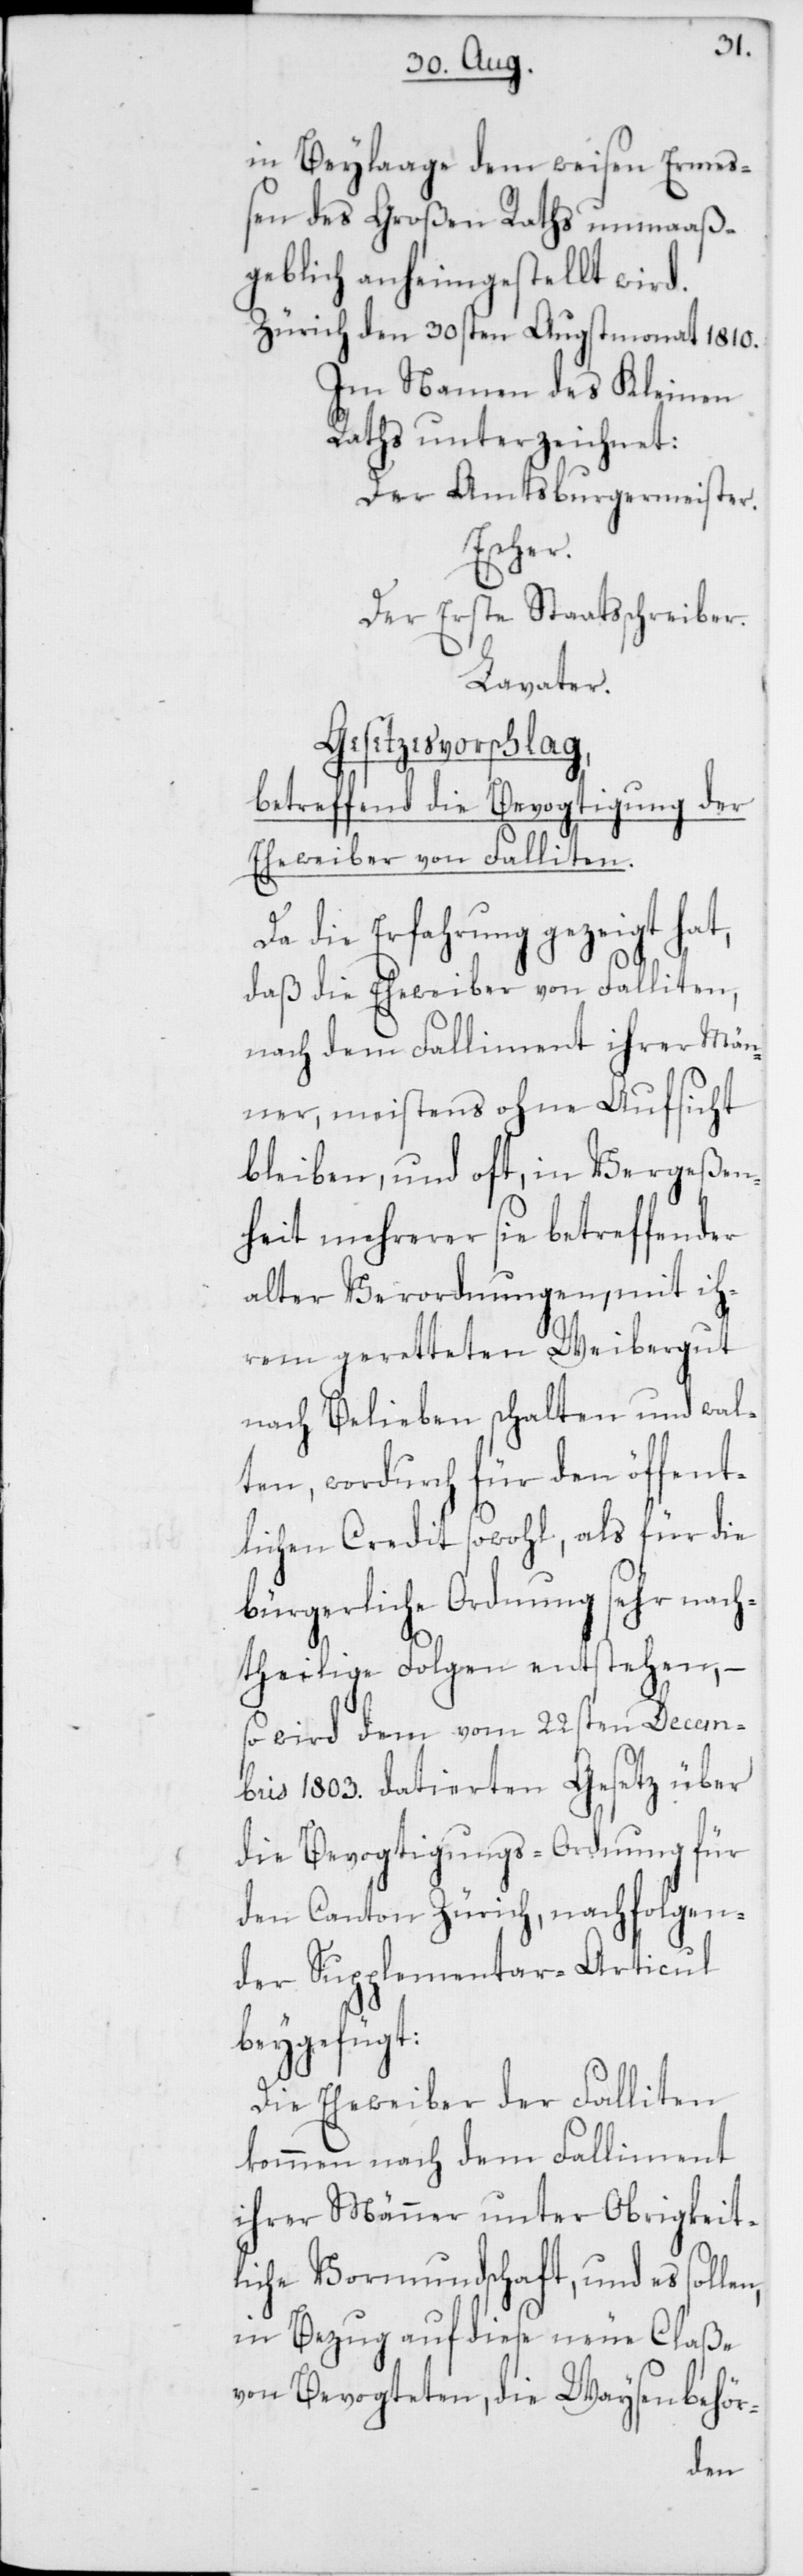
in Beylage dem weisen Ermeß¬
en des Großen Raths unmaaß¬
geblich anheimgestellt wird.
Zürich den 30sten Augstmonat 1810.
Im Namen des Kleinen
Raths unterzeichnet:
Der Amtsburgermeister
Escher.
Der Erste Staatßchreiber.
Lavater.
Gesetzesvorschlag,
betreffend die Bevogtigung der
Eheweiber von Falliten.
Da die Erfahrung gezeigt hat,
daß die Eheweiber von Falliten,
nach dem Falliment ihrer Män¬
ner, meistens ohne Aufsicht
bleiben, und oft, in Vergeßen¬
heit mehrerer sie betreffender
alter Verordnungen, mit ih¬
rem geretteten Weibergut
nach Belieben schalten und wal¬
ten, wordurch für den öffent¬
lichen Credit sowohl, als für die
bürgerliche Ordnung sehr nach¬
theilige Folgen entstehen, –
so wird dem vom 22sten Decem¬
bris 1803. datierten Gesetz über
die Bevogtigungs-Ordnung für
den Canton Zürich, nachfolgen¬
der Supplementar-Articul
beygefügt:
Die Eheweiber der Falliten
kommen nach dem Falliment
ihrer Männer unter obrigkeit¬
liche Vormundschaft, und es sol¬
in Bezug auf diese neue Claße
von Bevogteten, die Waysenbehör-
len,